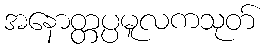
အနောတ္တပ္ပမူလကသုတ်